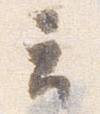
云